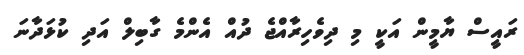
ރައީސް ޔާމީން އަކީ މި ދިވެހިރާއްޖެ ދުއް އެންމެ ގާބިލް އަދި ކުޅަދާނަ